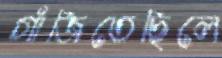
গাঁজিতেছিলে